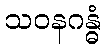
သဝနဂန္ဓံ